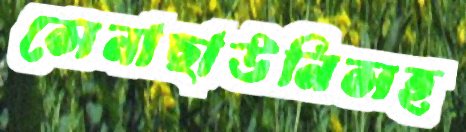
সেনাছাউনিসহ